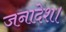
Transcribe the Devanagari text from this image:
जनादेश।